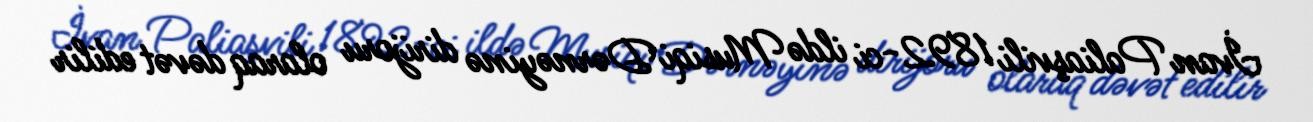
İvan Paliaşvili 1892-ci ildə Musiqi Dərnəyinə dirijoru olaraq dəvət edilir